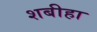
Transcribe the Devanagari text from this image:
शबीहा